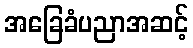
အခြေခံပညာအဆင့်